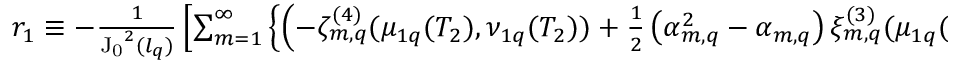
\begin{array} { r l r } { \footnotesize } & { { } } & { r _ { 1 } \equiv - \frac { 1 } { \mathrm { J _ { 0 } } ^ { 2 } ( l _ { q } ) } \left[ \sum _ { m = 1 } ^ { \infty } \left\{ \left( - \zeta _ { m , q } ^ { ( 4 ) } ( \mu _ { 1 q } ( T _ { 2 } ) , \nu _ { 1 q } ( T _ { 2 } ) ) + \frac { 1 } { 2 } \left( \alpha _ { m , q } ^ { 2 } - \alpha _ { m , q } \right) \xi _ { m , q } ^ { ( 3 ) } ( \mu _ { 1 q } ( T _ { 2 } ) , \nu _ { 1 q } ( T _ { 2 } ) ) \right) \mathcal { I } _ { 0 - q , 0 - m , 0 - j } \right. \right. } \end{array}